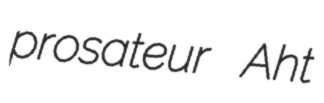
prosateur Aht